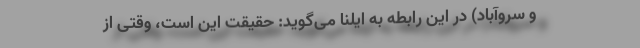
و سروآباد) در این رابطه به ایلنا می‌گوید: حقیقت این است، وقتی از